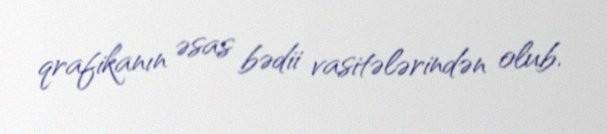
qrafikanın əsas bədii vasitələrindən olub.